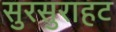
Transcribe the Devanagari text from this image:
सुरसुराहट